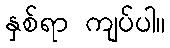
နှစ်ရာ ကျပ်ပါ။